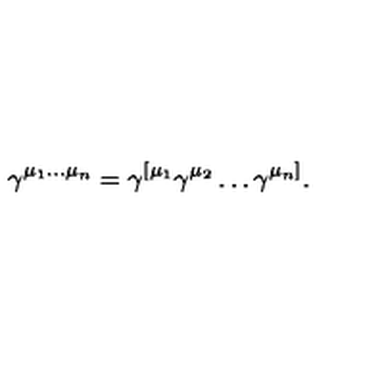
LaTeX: \gamma ^ { \mu _ { 1 } \ldots \mu _ { n } } = \gamma ^ { [ \mu _ { 1 } } \gamma ^ { \mu _ { 2 } } \ldots \gamma ^ { \mu _ { n } ] } .